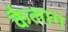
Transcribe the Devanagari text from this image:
कैलाग